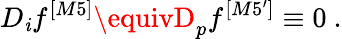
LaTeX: D_{\mathit{i}}f^{[M5]}\equivD_{p}f^{[M5^{\prime}]}\equiv0~.